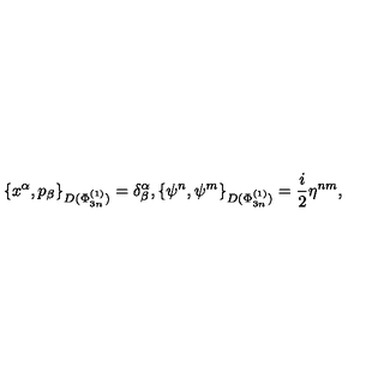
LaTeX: \left\{ x ^ { \alpha } , p _ { \beta } \right\} _ { D ( \Phi _ { 3 n } ^ { ( 1 ) } ) } = \delta _ { \beta } ^ { \alpha } , \left\{ \psi ^ { n } , \psi ^ { m } \right\} _ { D ( \Phi _ { 3 n } ^ { ( 1 ) } ) } = \frac { i } { 2 } \eta ^ { n m } ,